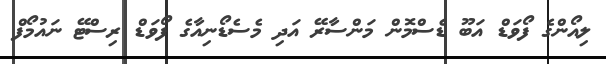
ލިއޯންގެ ފޯވަޑް އަބޫ ޑެސްމޮން މަންސާރޭ އަދި މެސެޑޯނިއާގެ ފޯވަޑް ރިސްޓޭ ނައުމޯފް